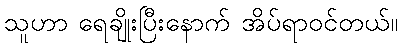
သူဟာ ရေချိုးပြီးနောက် အိပ်ရာဝင်တယ်။